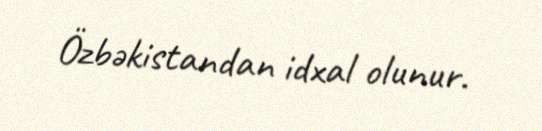
Özbəkistandan idxal olunur.